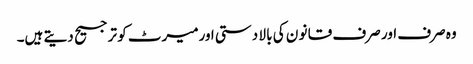
وہ صرف اور صرف قا نو ن کی با لا دستی اورمیرٹ کو ترجیح دیتے ہیں۔